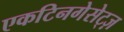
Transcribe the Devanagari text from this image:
एकटिनगेसेट्ज़